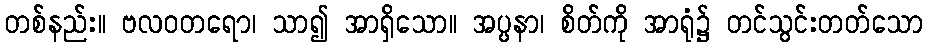
တစ်နည်း။ ဗလဝတရော၊ သာ၍ အာရှိသော။ အပ္ပနာ၊ စိတ်ကို အာရုံ၌ တင်သွင်းတတ်သော